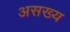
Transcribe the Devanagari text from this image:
असख्य